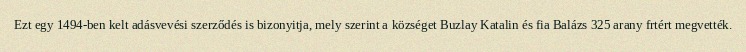
Ezt egy 1494-ben kelt adásvevési szerződés is bizonyitja, mely szerint a községet Buzlay Katalin és fia Balázs 325 arany frtért megvették.